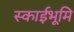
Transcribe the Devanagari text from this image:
स्काईभूमि